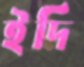
ইদি